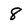
Character: 8